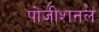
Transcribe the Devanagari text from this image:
पोजीशनल